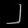
Digit: ၂